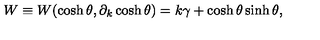
W \equiv W ( \cosh \theta , \partial _ { k } \cosh \theta ) = k \gamma + \cosh \theta \sinh \theta ,